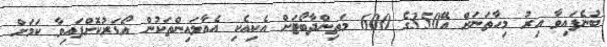
ބުނެފައިވާ އިރު މިހާތަނަށް އޭ350ގެ 600 މަތިންދާބޯޓަށް އެކިއެކި އެއާލައިންތަކުން އޯޑަރުކޮށްފައިވާ ކަމަށް